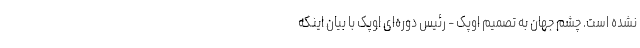
نشده است. چشم جهان به تصمیم اوپک - رئیس دوره‌ای اوپک با بیان اینکه